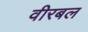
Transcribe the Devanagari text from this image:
वीरबल